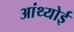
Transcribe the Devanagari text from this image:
आंथ्‍योई